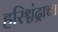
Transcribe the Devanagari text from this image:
हरिश्चंद्राचा